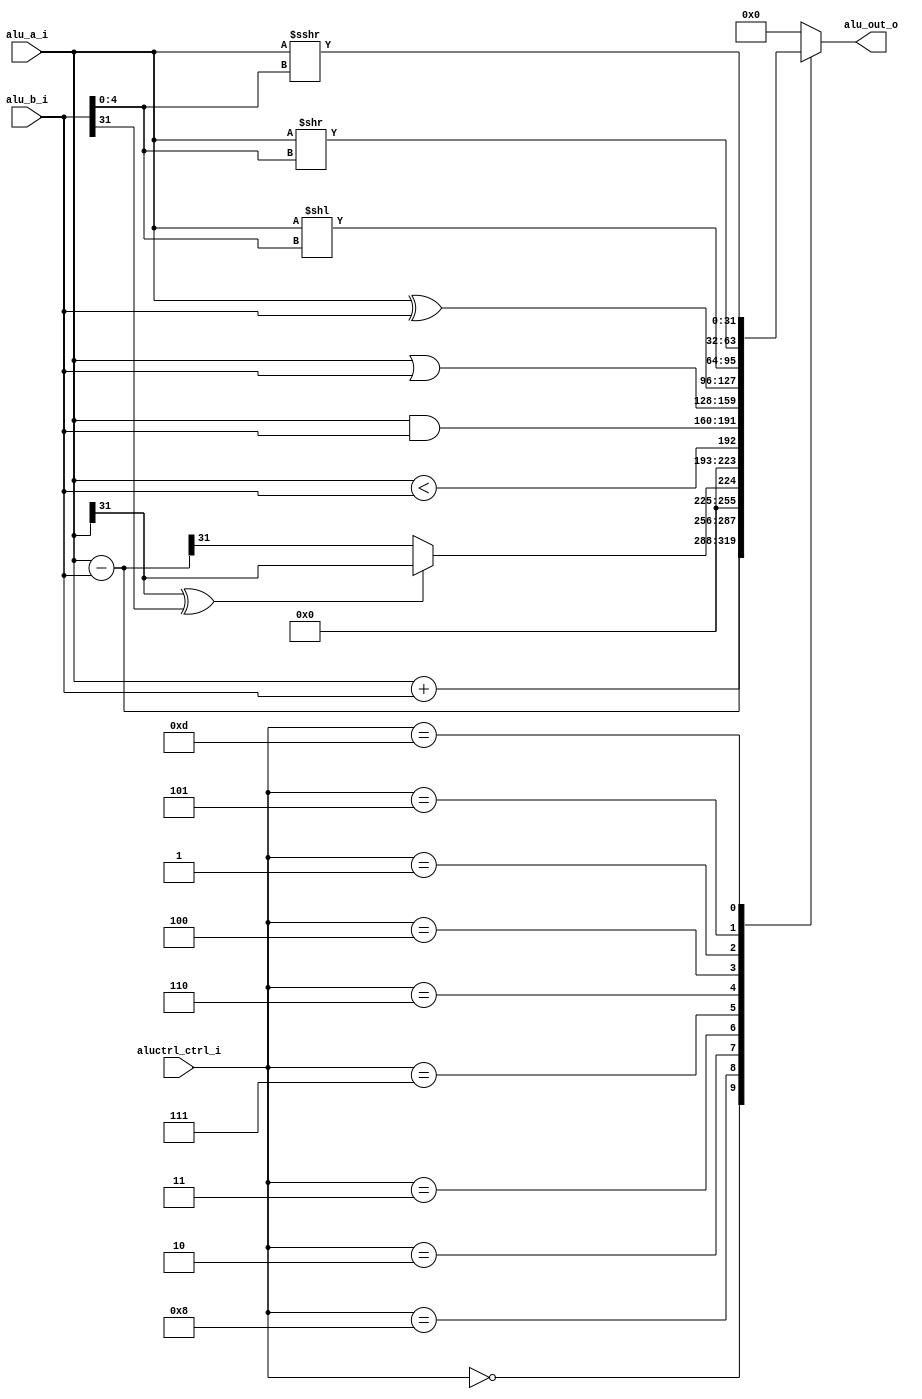
/*
[ctrl]
4'b0000 ADD
4'b1000 SUB
4'b0010 SLT
4'b0011 SLTU
4'b0111 AND
4'b0110 OR
4'b0100 XOR
4'b0001 SLL
4'b0101 SRL
4'b1101 SRA
*/

module alu (
    input  [31:0] alu_a_i,
    input  [31:0] alu_b_i,
    input  [ 3:0] aluctrl_ctrl_i,
    output [31:0] alu_out_o
);

  localparam OP_ADD = 4'b0000;
  localparam OP_SUB = 4'b1000;
  localparam OP_SLT = 4'b0010;
  localparam OP_SLTU = 4'b0011;
  localparam OP_AND = 4'b0111;
  localparam OP_OR = 4'b0110;
  localparam OP_XOR = 4'b0100;
  localparam OP_SLL = 4'b0001;
  localparam OP_SRL = 4'b0101;
  localparam OP_SRA = 4'b1101;

  wire [31:0] diff = alu_a_i - alu_b_i;
  wire [ 4:0] shamt = alu_b_i[4:0];

  reg  [31:0] result;

  always @(*) begin
    result = 32'b0;
    case (aluctrl_ctrl_i)
      OP_ADD:  result = alu_a_i + alu_b_i;
      OP_SUB:  result = diff;
      OP_SLT: begin
        if (alu_a_i[31] ^ alu_b_i[31]) begin
          result = alu_a_i[31];
        end else begin
          result = diff[31];
        end
      end
      OP_SLTU: result = alu_a_i < alu_b_i;
      OP_AND:  result = alu_a_i & alu_b_i;
      OP_OR:   result = alu_a_i | alu_b_i;
      OP_XOR:  result = alu_a_i ^ alu_b_i;
      OP_SLL:  result = alu_a_i << shamt;
      OP_SRL:  result = alu_a_i >> shamt;
      OP_SRA:  result = $signed(alu_a_i) >>> shamt;
    endcase
  end

  assign alu_out_o = result;

endmodule